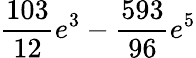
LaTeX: \frac{103}{12}e^{3}-\frac{593}{96}e^{5}